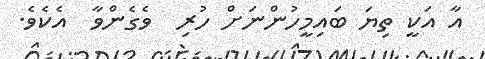
އާ އަކީ ތިޔަ ބައިމީހުންނަށް ހުރި  ވެގެންވާ  އެކެވެ.